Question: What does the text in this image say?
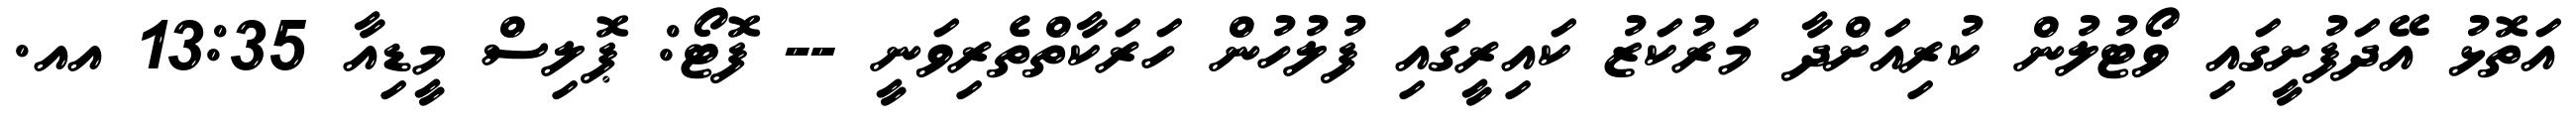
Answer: އަތޮޅު އޭދަފުށީގައި ވޯޓުލުން ކުރިއަށްދާ މަރުކަޒު ކައިރީގައި ފުލުހުން ހަރަކާތްތެރިވަނީ -- ފޮޓޯ: ޕޮލިސް މީޑިއާ 13:35 އއ.